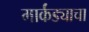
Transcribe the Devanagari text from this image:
मार्कंड्याचा